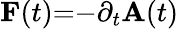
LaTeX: \mathbf{F}(t){=}{-}\partial_{t}\mathbf{A}(t)